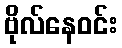
ဗိုလ်နေဝင်း